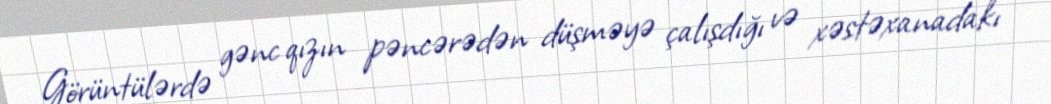
Görüntülərdə gənc qızın pəncərədən düşməyə çalışdığı və xəstəxanadakı